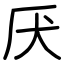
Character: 厌